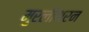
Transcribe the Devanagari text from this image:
मुरलीथरन